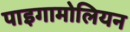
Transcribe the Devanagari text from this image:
पाइगामोलियन